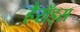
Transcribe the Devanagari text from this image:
हैरॉड्स